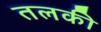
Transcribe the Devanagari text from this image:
तलकी